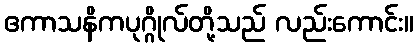
ဧကာသနိကပုဂ္ဂိုလ်တို့သည် လည်းကောင်း။